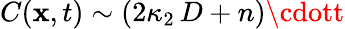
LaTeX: C(\mathbf{x},t)\sim(2\kappa_{2}\, D+n)\cdott